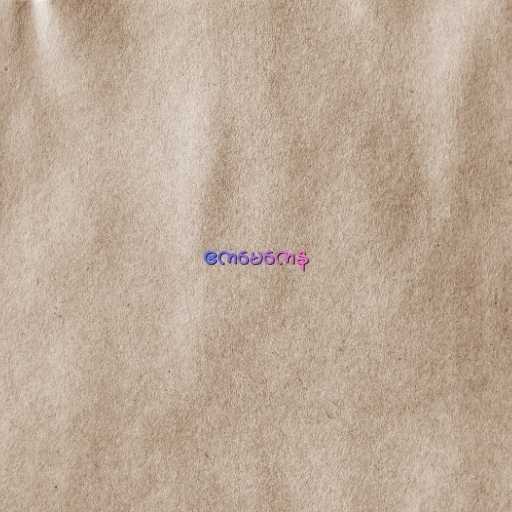
ဧကမေကေန